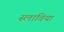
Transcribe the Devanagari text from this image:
स्लाविया